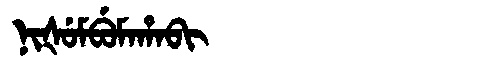
Manchu: ᠨᡳᡧᡠᠮᠪᡠᠮᠠᡥᠠᠪᡳ
Romanization: NIŠUMBUMAHABI